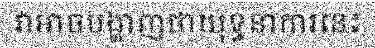
វាអាចបង្ហាញថាយុទ្ធនាការនេះ